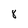
Character: 8